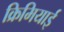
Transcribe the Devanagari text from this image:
क्रिमियाई